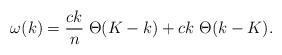
LaTeX: \begin{align*}\omega(k) = {c k\over n} \; \Theta(K-k) + ck \; \Theta(k-K).\end{align*}